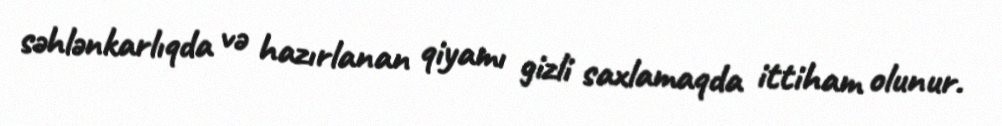
səhlənkarlıqda və hazırlanan qiyamı gizli saxlamaqda ittiham olunur.